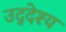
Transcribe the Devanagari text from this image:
उद्‌देश्‍य